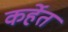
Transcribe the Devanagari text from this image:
कर्हेत